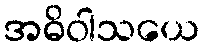
အဓိဝါသယေ